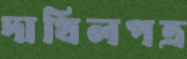
দাখিলপত্র